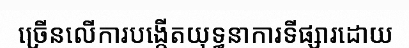
ច្រើនលើការបង្កើតយុទ្ធនាការទីផ្សារដោយ